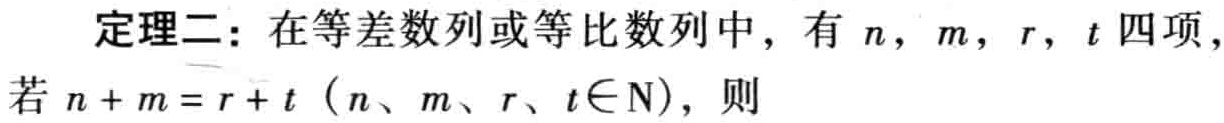
定理二：在等差数列或等比数列中，有\(n\)，\(m\)，\(r\)，\(t\)四项，若\(n + m = r + t\)（\(n、m、r、t\in N\)），则